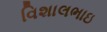
વિશાલભાઇ